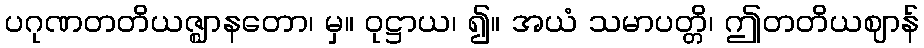
ပဂုဏတတိယဇ္ဈာနတော၊ မှ။ ဝုဋ္ဌာယ၊ ၍။ အယံ သမာပတ္တိ၊ ဤတတိယဈာန်